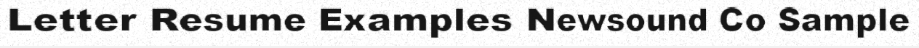
Letter Resume Examples Newsound Co Sample